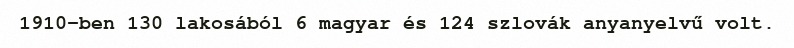
1910-ben 130 lakosából 6 magyar és 124 szlovák anyanyelvű volt.